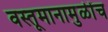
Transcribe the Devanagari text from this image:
वस्तूमानामुळींच